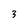
Character: 3